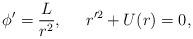
LaTeX: \begin{align*}\phi'=\frac{L}{r^2},\;\;\;\;\;r'^2+U(r)=0,\end{align*}